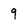
Character: 9